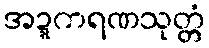
အဍ္ဍကရဏသုတ္တံ